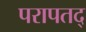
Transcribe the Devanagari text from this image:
परापतद्